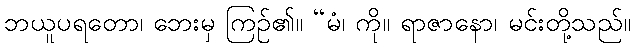
ဘယူပရတော၊ ဘေးမှ ကြဉ်၏။ “မံ၊ ကို။ ရာဇာနော၊ မင်းတို့သည်။